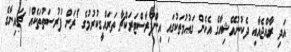
އަދި ރާއްޖެއާއި ދެކުނުއޭޝިއާގެ އެހެން ގައުމުތަކުގައި އިންފްރާސްޓަރަކްޗާ ތަރައްގީކުރުމުގެ 'ރަން ފުުރުސަތުތަކެއް' ޗައިނާގެ